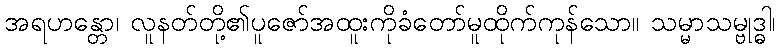
အရဟန္တော၊ လူနတ်တို့၏ပူဇော်အထူးကိုခံတော်မူထိုက်ကုန်သော။ သမ္မာသမ္ဗုဒ္ဓါ၊